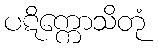
ပဋိက္ကောသိတုံ